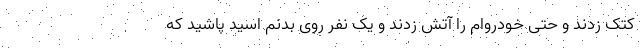
کتک زدند و حتی خودروام را آتش زدند و یک نفر روی بدنم اسید پاشید که